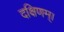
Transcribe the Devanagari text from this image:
दक्षिणम्।